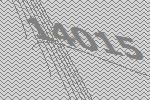
14015